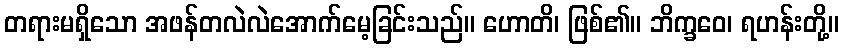
တရားမရှိသော အဖန်တလဲလဲအောက်မေ့ခြင်းသည်။ ဟောတိ၊ ဖြစ်၏။ ဘိက္ခဝေ၊ ရဟန်းတို့။